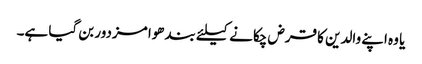
یا وہ اپنے والدین کا قرض چکانے کیلئے بندھوا مزدور بن گیا ہے۔